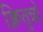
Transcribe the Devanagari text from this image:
क्लितुन्नो